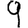
Digit: 9